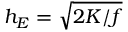
h _ { E } = \sqrt { 2 K / f }